Annual report on the working of the lock hospitals in the North-Western Provinces and Oudh
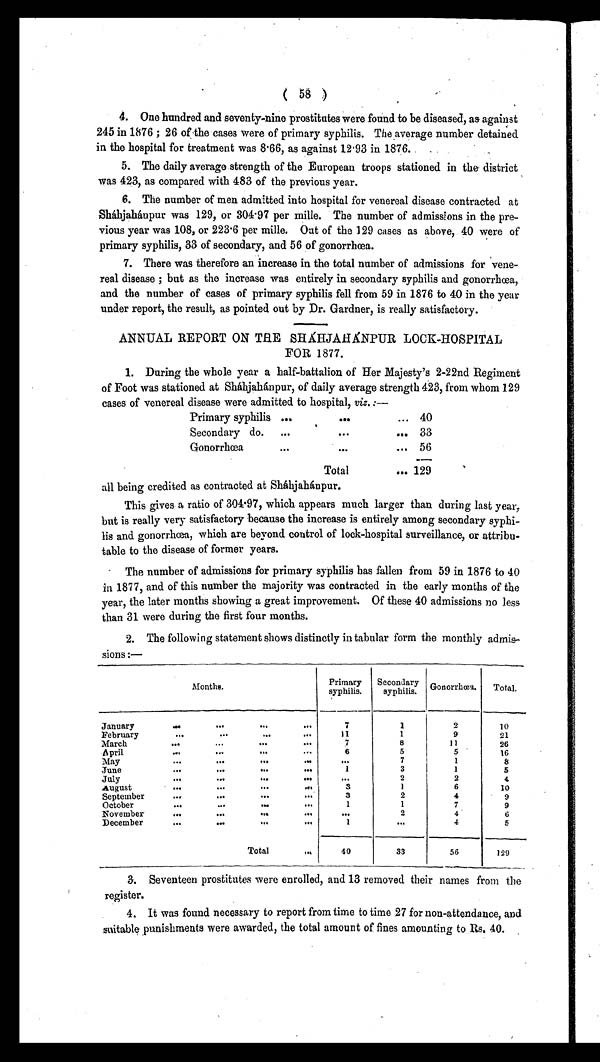
( 58 )
4. One hundred and seventy-nine prostitutes were found to be diseased, as against
245 in 1876 ; 26 of the cases were of primary syphilis. The average number detained
in the hospital for treatment was 8.66, as against 1293 in 1876.
5. The daily average strength of the European troops stationed in the district
was 423, as compared with 483 of the previous year.
6. The number of men admitted into hospital for venereal disease contracted at
Sháhjahánpur was 129, or 304.97 per mille. The number of admissions in the pre-
vious year was 108, or 223.6 per mille. Out of the 129 cases as above, 40 were of
primary syphilis, 33 of secondary, and 56 of gonorrhœa.
7. There was therefore an increase in the total number of admissions for vene-
real disease ; but as the increase was entirely in secondary syphilis and gonorrhœa,
and the number of cases of primary syphilis fell from 59 in 1876 to 40 in the year
under report, the result, as pointed out by Dr. Gardner, is really satisfactory.
ANNUAL REPORT ON THE SHÁHJAHÁNPUR LOCK-HOSPITAL
FOR 1877.
1. During the whole year a half-battalion of Her Majesty's 2-22nd Regiment
of Foot was stationed at Sháhjahánpur, of daily average strength 423, from whom 129
cases of venereal disease were admitted to hospital, viz. :—
Primary syphilis ...
...
... 40
Secondary do. ...
...
. . . 33
Gonorrhœa
...
...
... 56
Total
. . . 129
all being credited as contracted at Sháhjahánpur.
This gives a ratio of 304.97, which appears much larger than during last year,
but is really very satisfactory because the increase is entirely among secondary syphi-
lis and gonorrhœa, which are beyond control of lock-hospital surveillance, or attribu-
table to the disease of former years.
The number of admissions for primary syphilis has fallen from 59 in 1876 to 40
in 1877, and of this number the majority was contracted in the early months of the
year, the later months showing a great improvement. Of these 40 admissions no less
than 31 were during the first four months.
2. The following statement shows distinctly in tabular form the monthly admis-
sions :—
Months.
Primary
syphilis.
Secondary
syphilis. Gonorrhœa. Total.
January
...
...
...
. . .
7
1
2
10
February
...
...
...
. . .
11
1
9
21
March
...
. . .
. . .
. . .
7
8
11
26
April
...
...
...
. . .
6
5
5
16
May
. . .
. . .
. . .
. . .
. . .
7
1
8
June
... . . .
. . .
. . .
1
3
1
5
July
...
...
...
. . .
. . .
2
2
4
August
...
...
...
. . .
3
1
6
10
September
...
...
...
. . .
3
2
4
9
October
...
...
... . . .
1
1
7
9
November
...
...
...
. . .
. . .
2
4
6
December
... . . .
. . .
. . .
1
. . . 4
5
Total
. . .
40
33
56
129
3. Seventeen prostitutes were enrolled, and 13 removed their names from the
register.
4. It was found necessary to report from time to time 27 for non-attendance, and
suitable punishments were awarded, the total amount of fines amounting to Rs. 40.